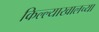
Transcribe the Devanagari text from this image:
किल्ल्याखालच्या